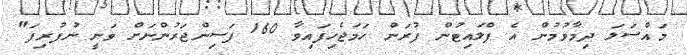
މައްސަލަ ދިމާވުމުން އެ ފްލައިޓުން ފުރަން ހަމަޖެހިފައިވާ 160 ފަސިންޖަރުންނަށް ވަނީ ނުފުރިފަ"